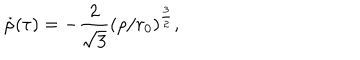
\dot { \rho } ( \tau ) = - \frac { 2 } { \sqrt { 3 } } ( \rho / r _ { 0 } ) ^ { \frac { 3 } { 2 } } ,